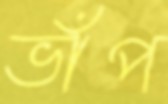
ভাঁপ